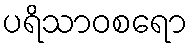
ပရိသာဝစရော